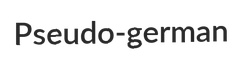
Pseudo-german